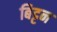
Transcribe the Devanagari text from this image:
बिट्टन